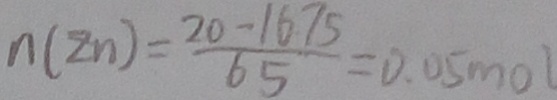
n ( 2 n ) = \frac { 2 0 - 1 6 7 5 } { 6 5 } = 0 . 0 5 m o l